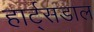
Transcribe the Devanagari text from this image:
हार्ट्‌सडाल